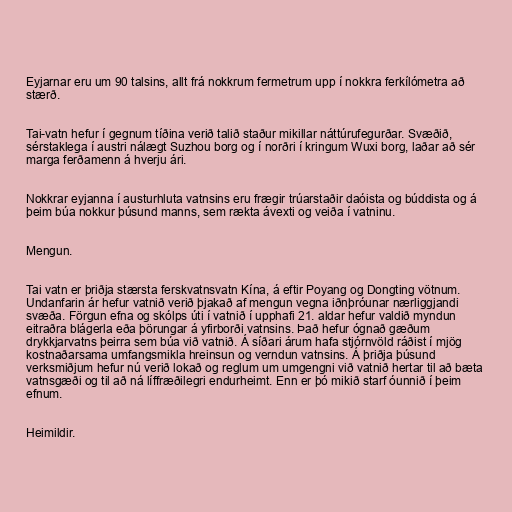
Eyjarnar eru um 90 talsins, allt frá nokkrum fermetrum upp í nokkra ferkílómetra að
stærð.

Tai-vatn hefur í gegnum tíðina verið talið staður mikillar náttúrufegurðar. Svæðið,
sérstaklega í austri nálægt Suzhou borg og í norðri í kringum Wuxi borg, laðar að sér
marga ferðamenn á hverju ári.

Nokkrar eyjanna í austurhluta vatnsins eru frægir trúarstaðir daóista og búddista og á
þeim búa nokkur þúsund manns, sem rækta ávexti og veiða í vatninu.

Mengun.

Tai vatn er þriðja stærsta ferskvatnsvatn Kína, á eftir Poyang og Dongting vötnum.
Undanfarin ár hefur vatnið verið þjakað af mengun vegna iðnþróunar nærliggjandi
svæða. Förgun efna og skólps úti í vatnið í upphafi 21. aldar hefur valdið myndun
eitraðra blágerla eða þörungar á yfirborði vatnsins. Það hefur ógnað gæðum
drykkjarvatns þeirra sem búa við vatnið. Á síðari árum hafa stjórnvöld ráðist í mjög
kostnaðarsama umfangsmikla hreinsun og verndun vatnsins. Á þriðja þúsund
verksmiðjum hefur nú verið lokað og reglum um umgengni við vatnið hertar til að bæta
vatnsgæði og til að ná líffræðilegri endurheimt. Enn er þó mikið starf óunnið í þeim
efnum.

Heimildir.